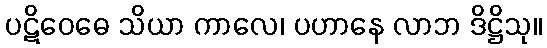
ပဋိဝေဓေ သိယာ ကာလေ၊ ပဟာနေ လာဘ ဒိဋ္ဌိသု။